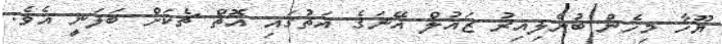
ޔޫހާ މިހެން ބުނެލިއިރު ޒައުލް އޭނަގެ އަތުގައި އޮތް ޗެކަށް ބަލަނީ އެވެ.